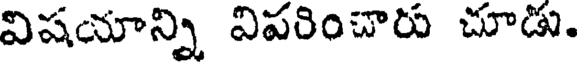
విషయాన్ని విపరించారు చూడు.